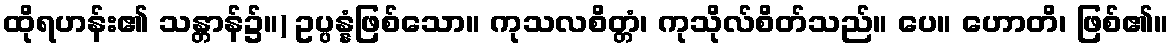
ထိုရဟန်း၏ သန္တာန်၌။) ဥပ္ပန္နံဖြစ်သော။ ကုသလစိတ္တံ၊ ကုသိုလ်စိတ်သည်။ ပေ။ ဟောတိ၊ ဖြစ်၏။